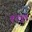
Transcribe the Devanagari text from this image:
बंटमूष